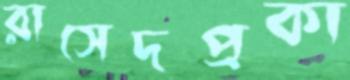
রাসেদপ্রকা